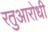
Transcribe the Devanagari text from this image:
रतुआरोधी